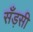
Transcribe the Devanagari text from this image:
सँड़सी